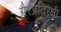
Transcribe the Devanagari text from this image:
गैरप्रतिरक्षी